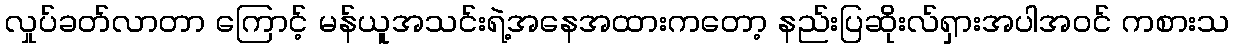
လှုပ်ခတ်လာတာ ကြောင့် မန်ယူအသင်းရဲ့အနေအထားကတော့ နည်းပြဆိုးလ်ရှားအပါအဝင် ကစားသ